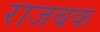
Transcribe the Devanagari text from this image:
राजबक